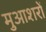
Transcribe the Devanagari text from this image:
मुआशरों